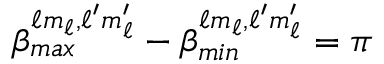
\beta _ { m a x } ^ { \ell m _ { \ell } , \ell ^ { \prime } m _ { \ell } ^ { \prime } } - \beta _ { m i n } ^ { \ell m _ { \ell } , \ell ^ { \prime } m _ { \ell } ^ { \prime } } = \pi